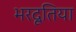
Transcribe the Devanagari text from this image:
भरदूतिया